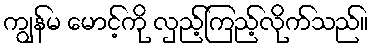
ကျွန်မ မောင့်ကို လှည့်ကြည့်လိုက်သည်။